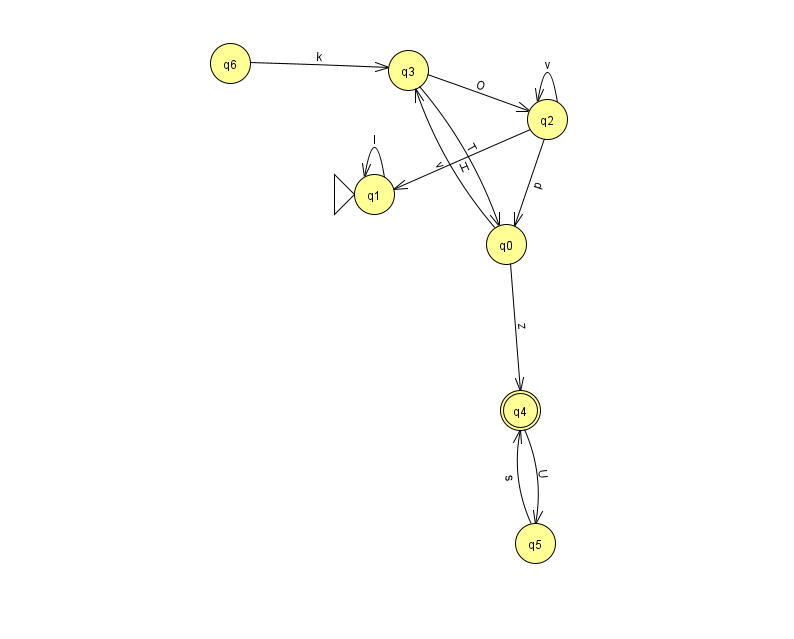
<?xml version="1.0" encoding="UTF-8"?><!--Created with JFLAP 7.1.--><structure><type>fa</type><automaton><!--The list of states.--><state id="0" name="q0"><x>506.0</x><y>231.0</y></state><state id="1" name="q1"><x>374.0</x><y>181.0</y><initial/></state><state id="2" name="q2"><x>547.0</x><y>106.0</y></state><state id="3" name="q3"><x>408.0</x><y>57.0</y></state><state id="4" name="q4"><x>520.0</x><y>397.0</y><final/></state><state id="5" name="q5"><x>535.0</x><y>530.0</y></state><state id="6" name="q6"><x>230.0</x><y>50.0</y></state><!--The list of transitions.--><transition><from>2</from><to>0</to><read>p</read></transition><transition><from>0</from><to>4</to><read>z</read></transition><transition><from>3</from><to>0</to><read>T</read></transition><transition><from>6</from><to>3</to><read>k</read></transition><transition><from>0</from><to>3</to><read>v</read></transition><transition><from>2</from><to>2</to><read>v</read></transition><transition><from>2</from><to>1</to><read>H</read></transition><transition><from>4</from><to>5</to><read>U</read></transition><transition><from>1</from><to>1</to><read>l</read></transition><transition><from>5</from><to>4</to><read>s</read></transition><transition><from>3</from><to>2</to><read>O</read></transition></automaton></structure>